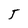
Character: 5